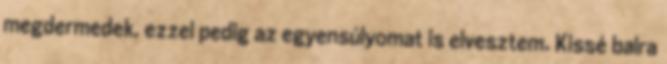
megdermedek, ezzel pedig az egyensúlyomat is elvesztem. Kissé balra